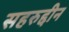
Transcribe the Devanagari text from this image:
सहरुद्दीन